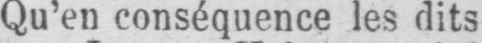
Qu’en conséquence les dits